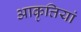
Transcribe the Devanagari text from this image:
आकृत्तियां